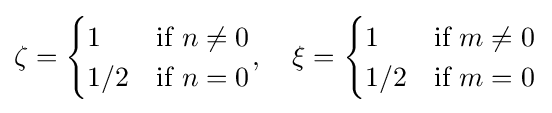
\zeta ={\begin{cases}1&{\mbox{if }}n\neq 0\\1/2&{\mbox{if }}n=0\end{cases}},\quad \xi ={\begin{cases}1&{\mbox{if }}m\neq 0\\1/2&{\mbox{if }}m=0\end{cases}}